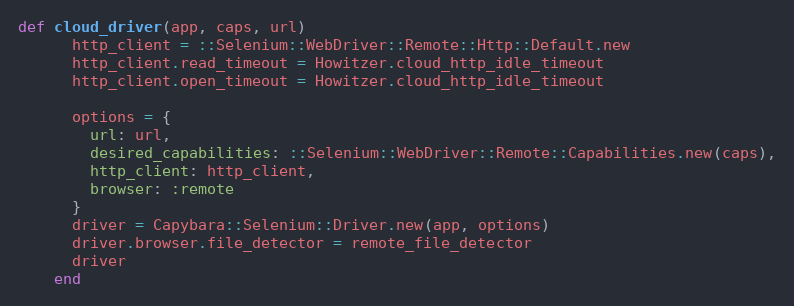
Language: Ruby
def cloud_driver(app, caps, url)
      http_client = ::Selenium::WebDriver::Remote::Http::Default.new
      http_client.read_timeout = Howitzer.cloud_http_idle_timeout
      http_client.open_timeout = Howitzer.cloud_http_idle_timeout

      options = {
        url: url,
        desired_capabilities: ::Selenium::WebDriver::Remote::Capabilities.new(caps),
        http_client: http_client,
        browser: :remote
      }
      driver = Capybara::Selenium::Driver.new(app, options)
      driver.browser.file_detector = remote_file_detector
      driver
    end